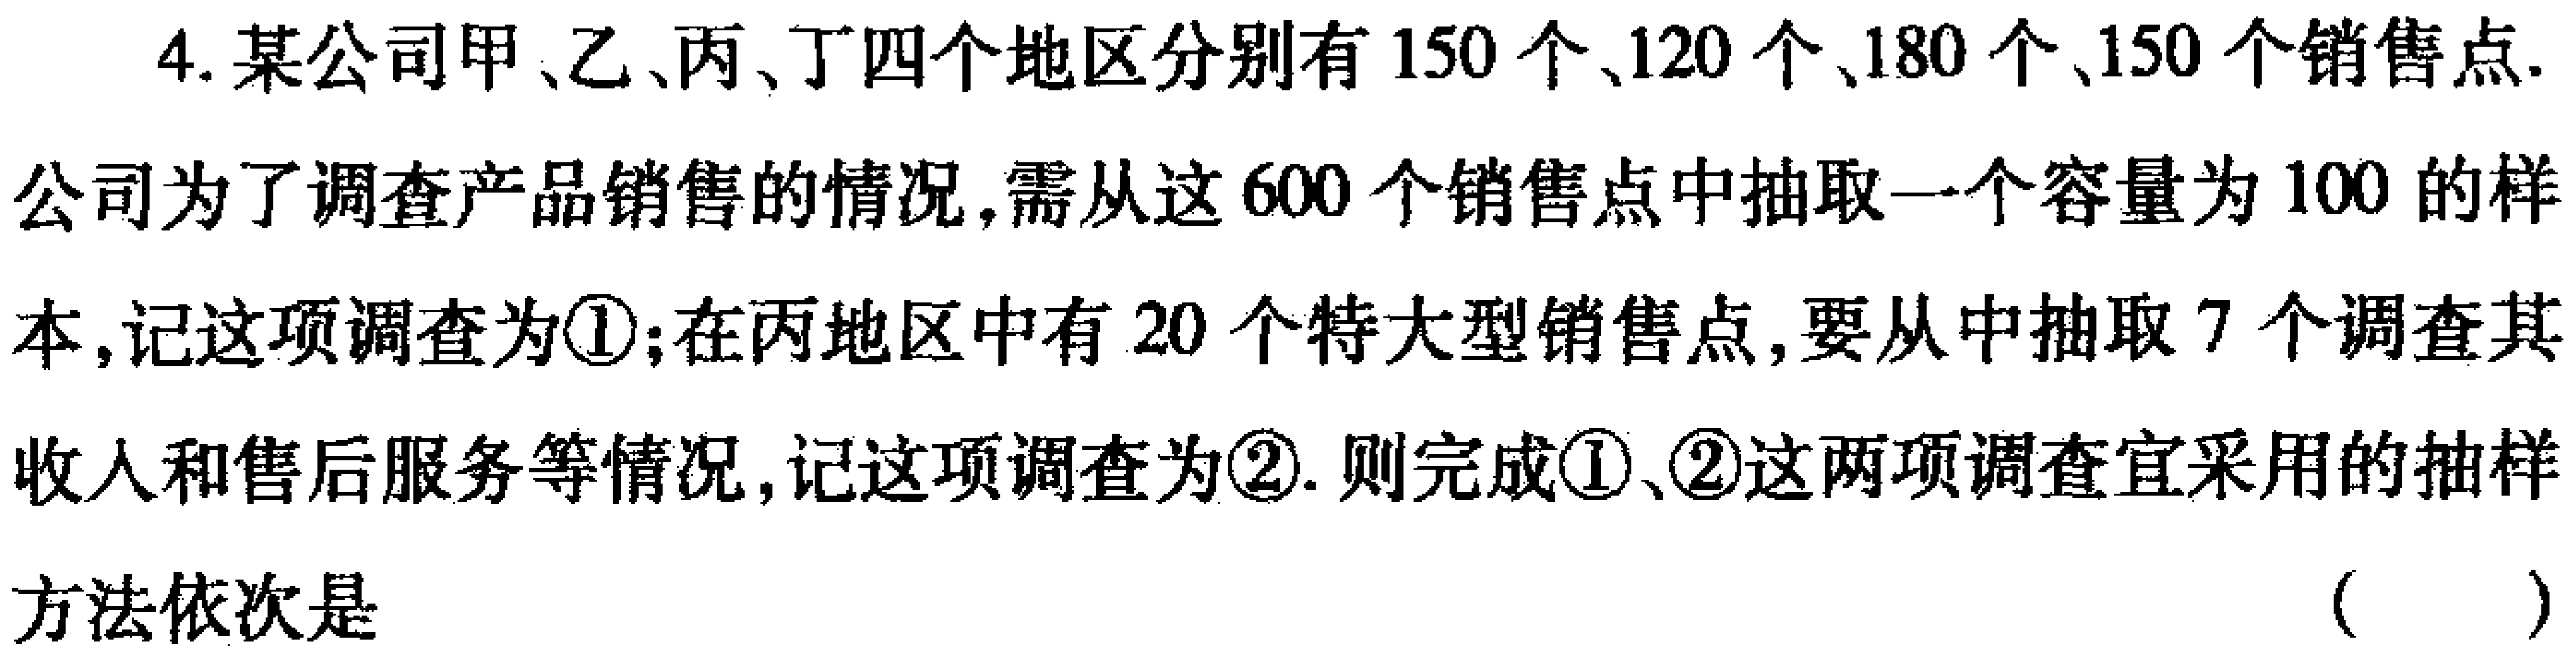
4. 某公司甲、乙、丙、丁四个地区分别有 \(150\) 个、\(120\) 个、\(180\) 个、\(150\) 个销售点. 公司为了调查产品销售的情况,需从这 \(600\) 个销售点中抽取一个容量为 \(100\) 的样本,记这项调查为\textcircled{1};在丙地区中有 \(20\) 个特大型销售点,要从中抽取 \(7\) 个调查其收人和售后服务等情况,记这项调查为\textcircled{2}. 则完成\textcircled{1}、\textcircled{2}这两项调查宜采用的抽样方法依次是 （  ）